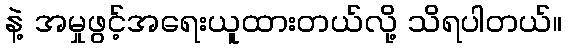
နဲ့ အမှုဖွင့်အရေးယူထားတယ်လို့ သိရပါတယ်။